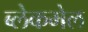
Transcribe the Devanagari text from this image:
ब्लेकमेल